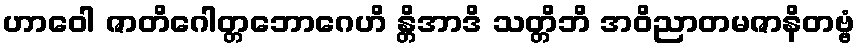
ဟာဝေါ ဇာတိဂေါတ္တဘောဂေဟိ န္တိအာဒိ သတ္တိဘိ အဝိညာတမဇာနိတဗ္ဗံ